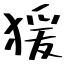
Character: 猨